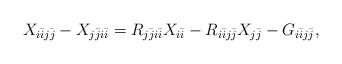
LaTeX: \begin{align*}\begin{aligned} X_{i\bar ij\bar j} - X_{j\bar ji\bar i} &= R_{j\bar ji\bar i}X_{i\bar i} - R_{i\bar ij\bar j}X_{j\bar j} - G_{i\bar ij\bar j},\end{aligned}\end{align*}